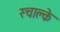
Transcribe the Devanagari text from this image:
स्चाल्के